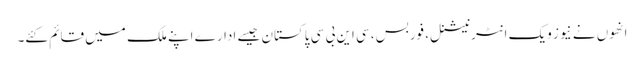
انھوں نے نیوز ویک انٹرنیشنل، فوربس، سی این بی سی پاکستان جیسے ادارے اپنے ملک میں قائم کئے۔